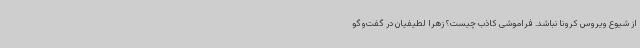
از شیوع ویروس کرونا نباشد. فراموشی کاذب چیست؟ زهرا لطیفیان در گفت‌وگو